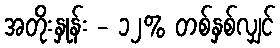
အတိုးနှုန်း - ၁၂% တစ်နှစ်လျှင်